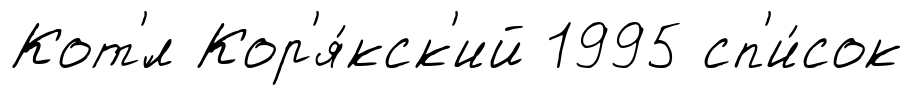
Кот'́л Кор'я́кск'ий 1995 сп'и́сок